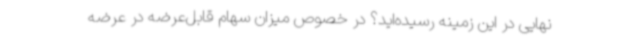
نهایی در این زمینه رسیده‌اید؟ در خصوص میزان سهام قابل‌عرضه در عرضه